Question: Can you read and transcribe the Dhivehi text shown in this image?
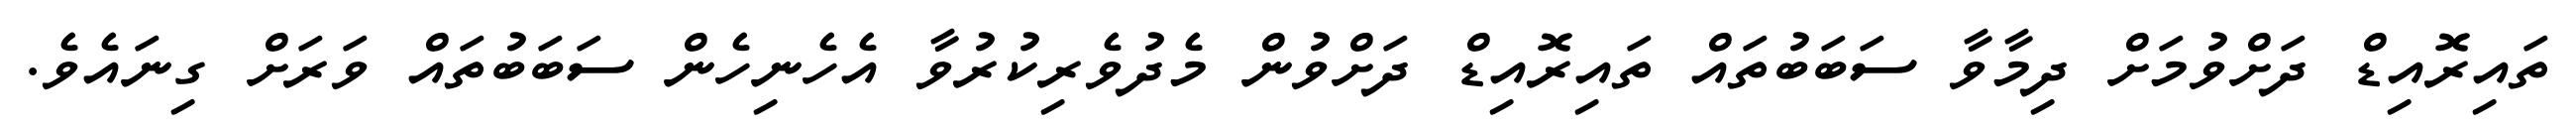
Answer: ތައިރޮއިޑް ދަށްވުމަށް ދިމާވާ ސަބަބުތައް ތައިރޮއިޑް ދަށްވުން މެދުވެރިކުރުވާ އެހެނިހެން ސަބަބުތައް ވަރަށް ގިނައެވެ.